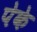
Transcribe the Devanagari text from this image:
पेके